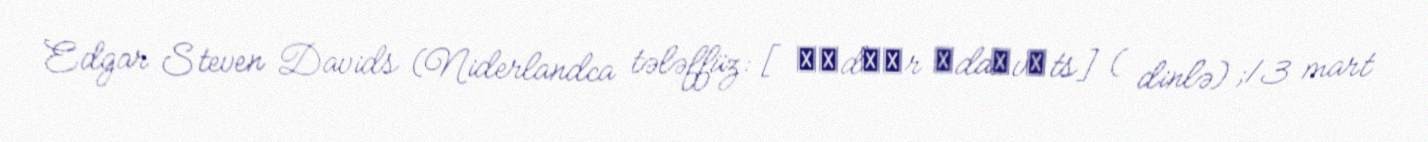
Edgar Steven Davids (Niderlandca tələffüz: [ˈɛdɡɑr ˈdaːvɪts] ( dinlə) ;13 mart